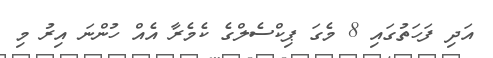
އަދި ފަހަތުގައި 8 މެގަ ޕިކްސެލްގެ ކެމެރާ އެއް ހުންނަ އިރު މި